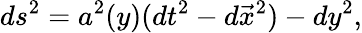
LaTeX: ds^{2}=a^{2}(y)(dt^{2}-d\vec{x}^{2})-dy^{2},